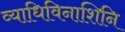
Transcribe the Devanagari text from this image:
व्याधिविनाशिनि